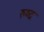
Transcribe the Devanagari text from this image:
रुष्द